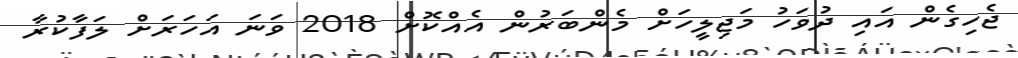
ޖެހިގެން އައި ދުވަހު މަޖިލީހަށް މެންބަރުން އެއްކޮށް 2018 ވަނަ އަހަރަށް ލަފާކުރާ